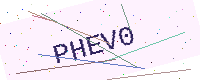
Text: PHEV0